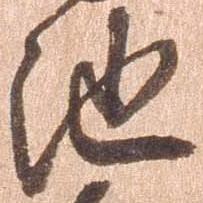
池